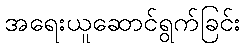
အရေးယူဆောင်ရွက်ခြင်း